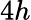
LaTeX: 4h